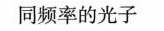
同频率的光子